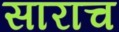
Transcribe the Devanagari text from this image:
साराच